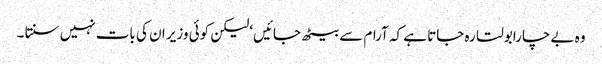
وہ بے چارابولتا رہ جاتا ہے کہ آرام سے بیٹھ جائیں‘ لیکن کوئی وزیر ان کی بات نہیں سنتا ۔